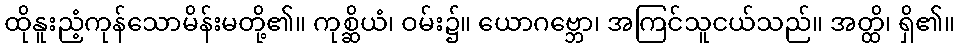
ထိုနူးညံ့ကုန်သောမိန်းမတို့၏။ ကုစ္ဆိယံ၊ ဝမ်း၌။ ယောဂဗ္ဘော၊ အကြင်သူငယ်သည်။ အတ္ထိ၊ ရှိ၏။